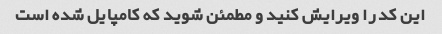
این کد را ویرایش کنید و مطمئن شوید که کامپایل شده است